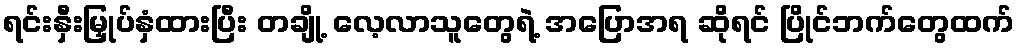
ရင်းနှီးမြှုပ်နှံထားပြီး တချို့ လေ့လာသူတွေရဲ့ အပြောအရ ဆိုရင် ပြိုင်ဘက်တွေထက်